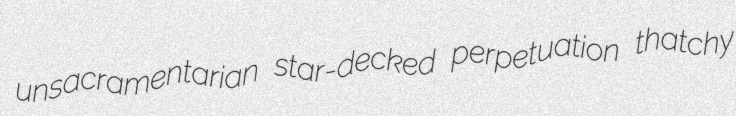
unsacramentarian star-decked perpetuation thatchy